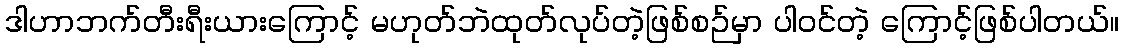
ဒါဟာဘက်တီးရီးယားကြောင့် မဟုတ်ဘဲထုတ်လုပ်တဲ့ဖြစ်စဉ်မှာ ပါဝင်တဲ့ ကြောင့်ဖြစ်ပါတယ်။